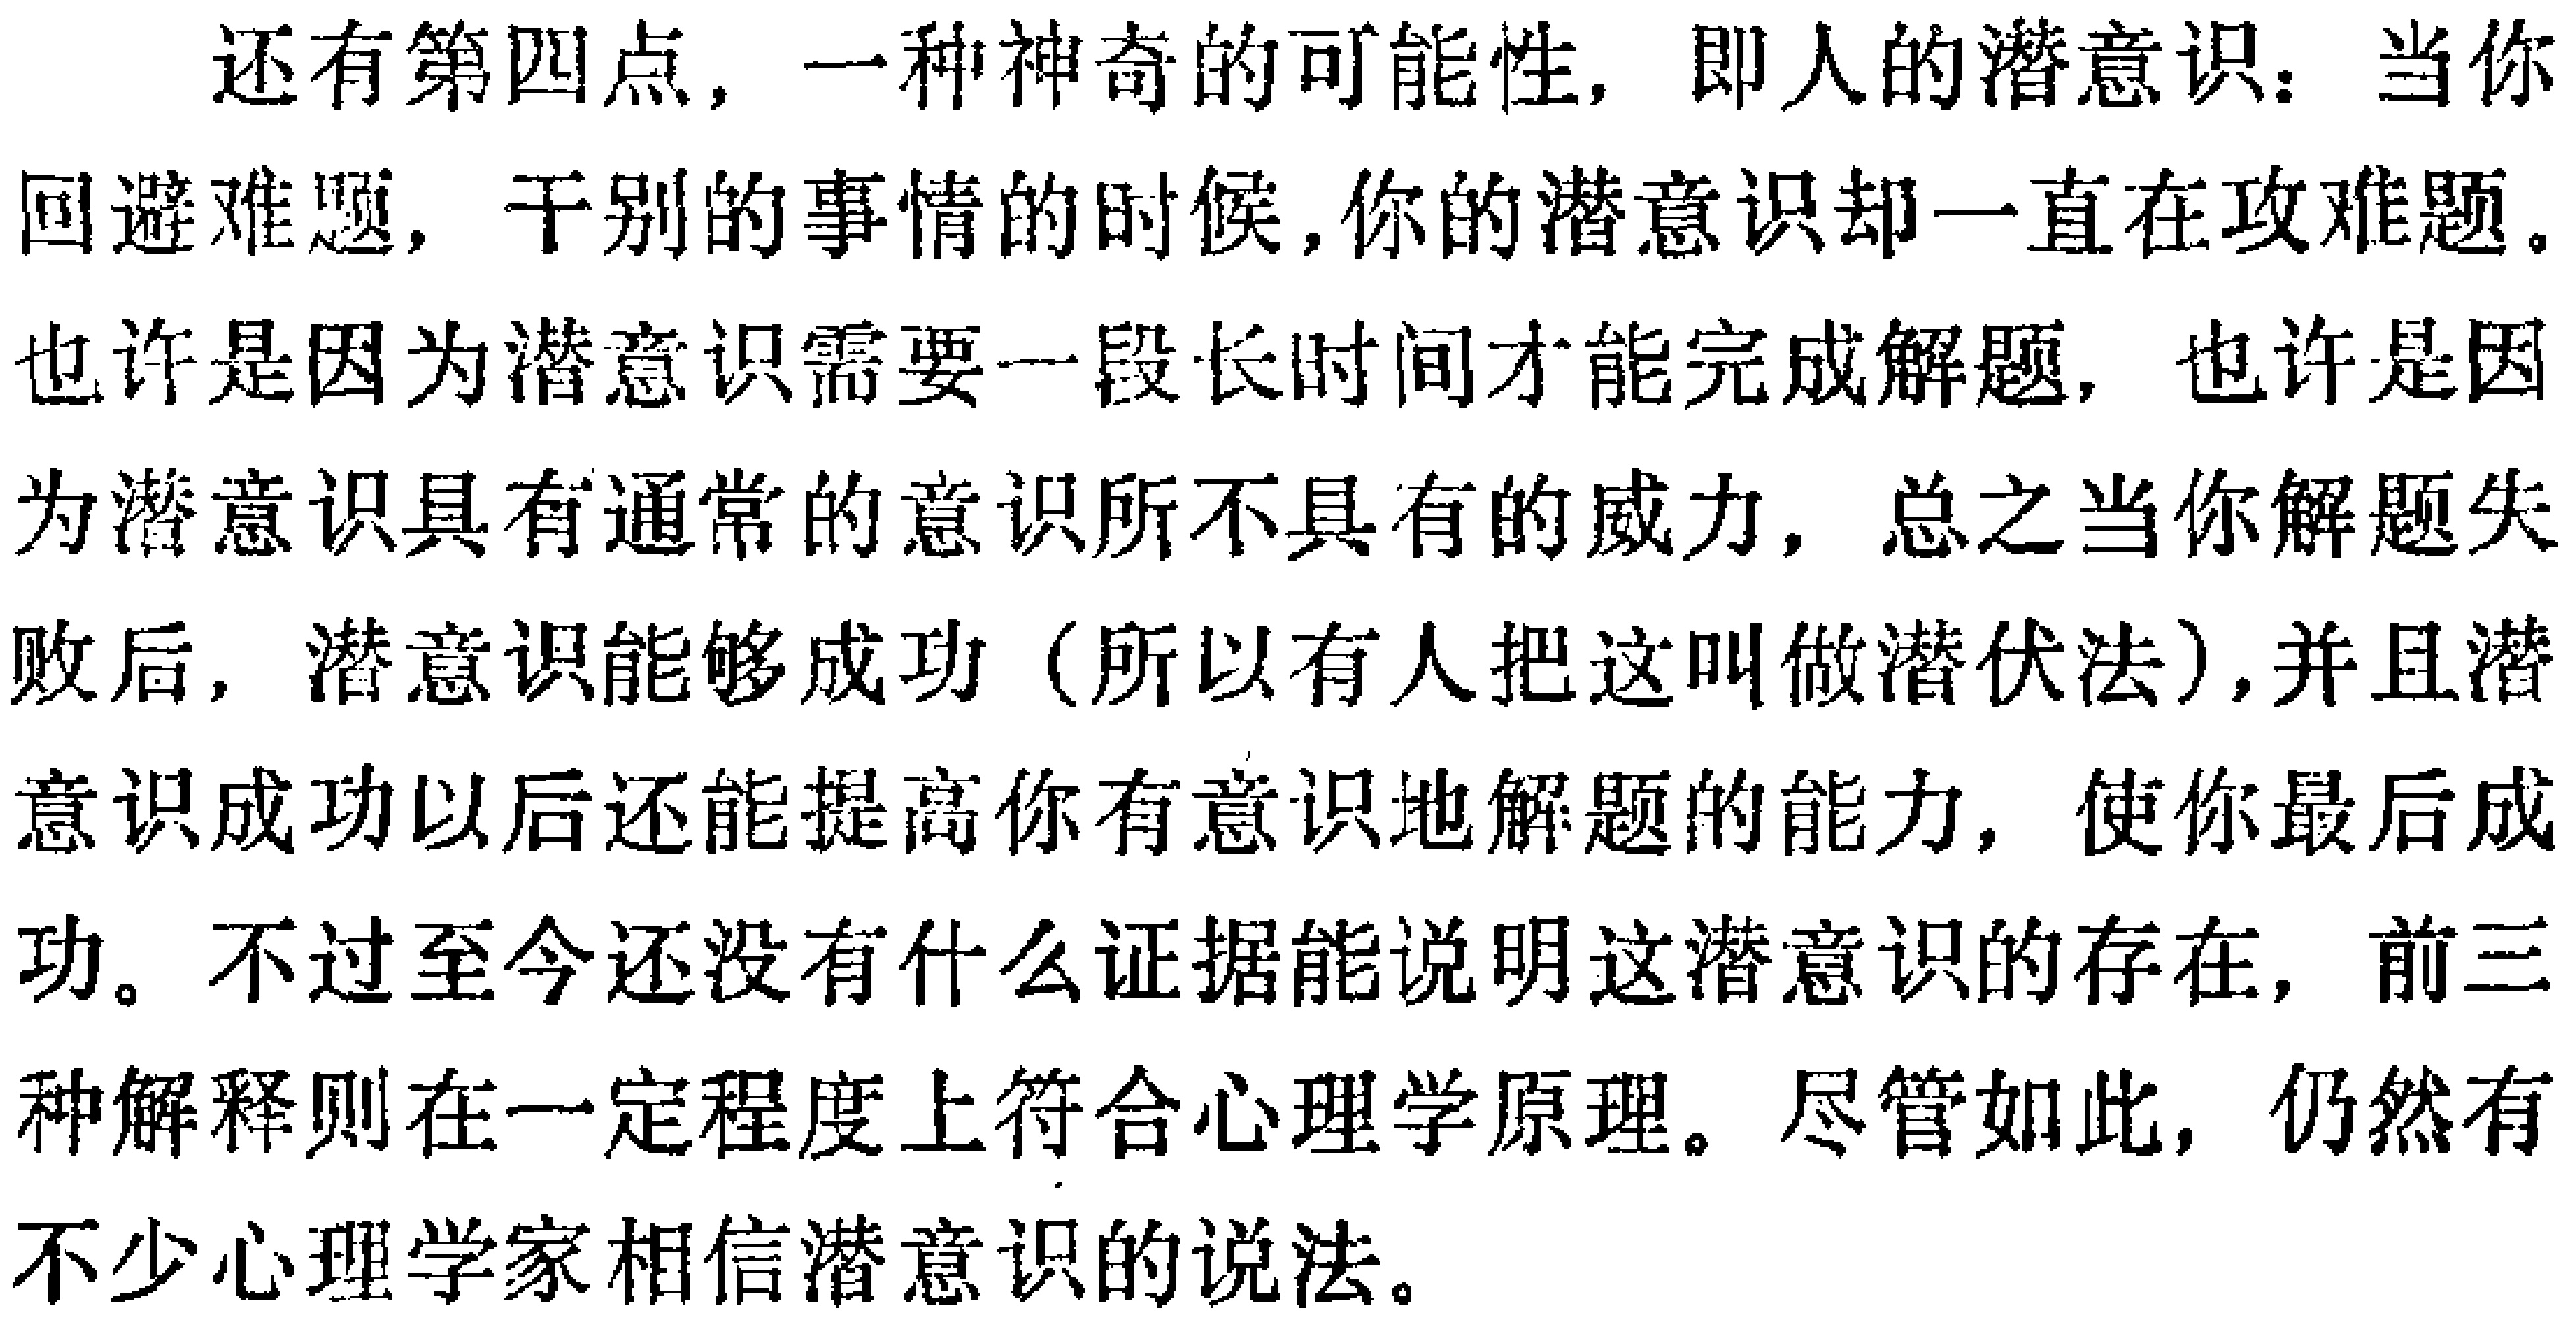
还有第四点, 一种神奇的可能性, 即人的潜意识：当你回避难题, 干别的事情的时候, 你的潜意识却一直在攻难题。也许是因为潜意识需要一段长时间才能完成解题, 也许是因为潜意识具有通常的意识所不具有的威力, 总之当你解题失败后, 潜意识能够成功 (所以有人把这叫做潜伏法), 并且潜意识成功以后还能提高你有意识地解题的能力, 使你最后成功。不过至今还没有什么证据能说明这潜意识的存在, 前三种解释则在一定程度上符合心理学原理。尽管如此, 仍然有不少心理学家相信潜意识的说法。